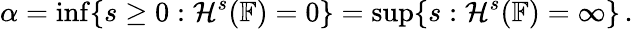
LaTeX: \alpha=\operatorname*{inf}\{ s\ge 0:{\cal H}^{s}(\mathbb{F})=0\} =\operatorname*{sup}\{ s:{\cal H}^{s}(\mathbb{F})=\infty\} \, .